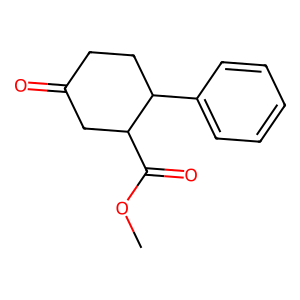
SMILES: COC(=O)C1CC(=O)CCC1c1ccccc1
Inhibits HIV replication: No